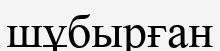
шұбырған